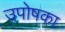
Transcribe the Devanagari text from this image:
उपोषका